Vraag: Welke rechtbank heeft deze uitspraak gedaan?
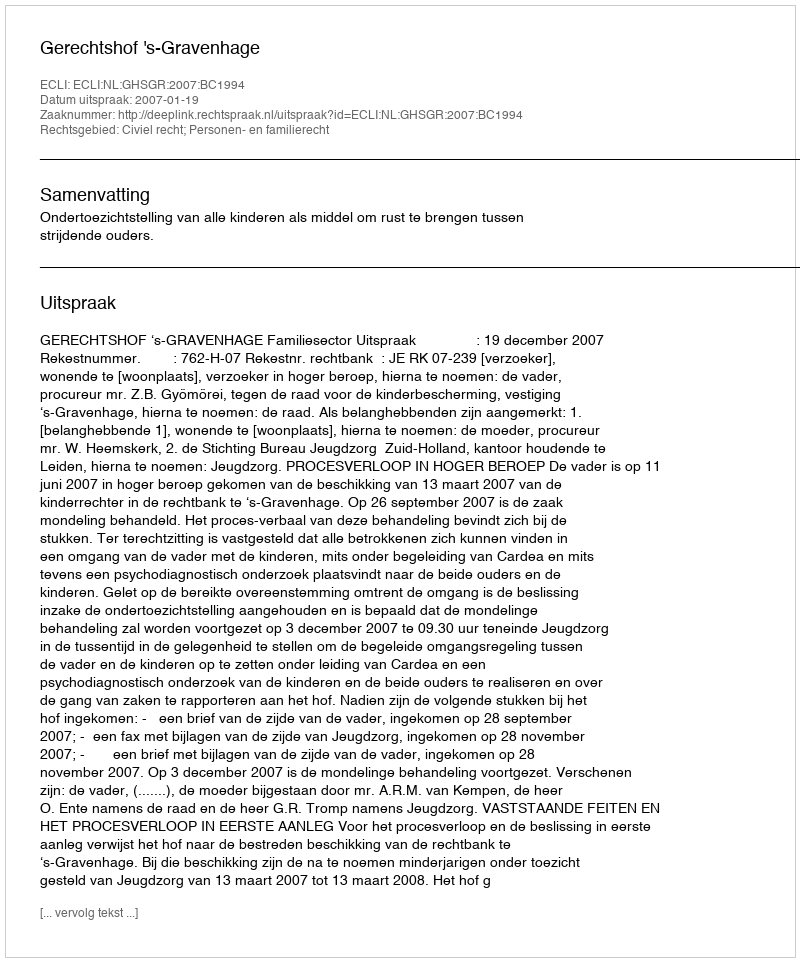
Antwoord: Gerechtshof 's-Gravenhage